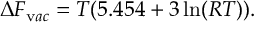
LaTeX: \Delta F _ { \mathrm v a c } = T ( 5 . 4 5 4 + 3 \ln ( R T ) ) .